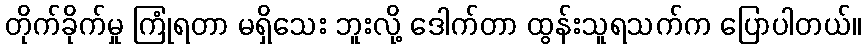
တိုက်ခိုက်မှု ကြုံရတာ မရှိသေး ဘူးလို့ ဒေါက်တာ ထွန်းသူရသက်က ပြောပါတယ်။